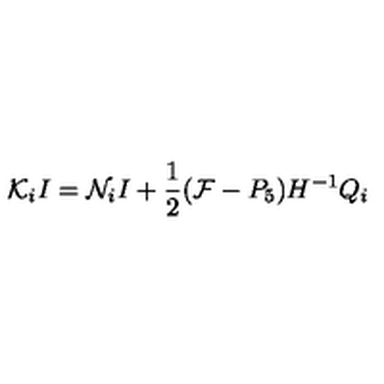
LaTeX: { \cal K } _ { i } I = { \cal N } _ { i } I + \frac { 1 } { 2 } ( { \cal F } - P _ { 5 } ) H ^ { - 1 } Q _ { i }